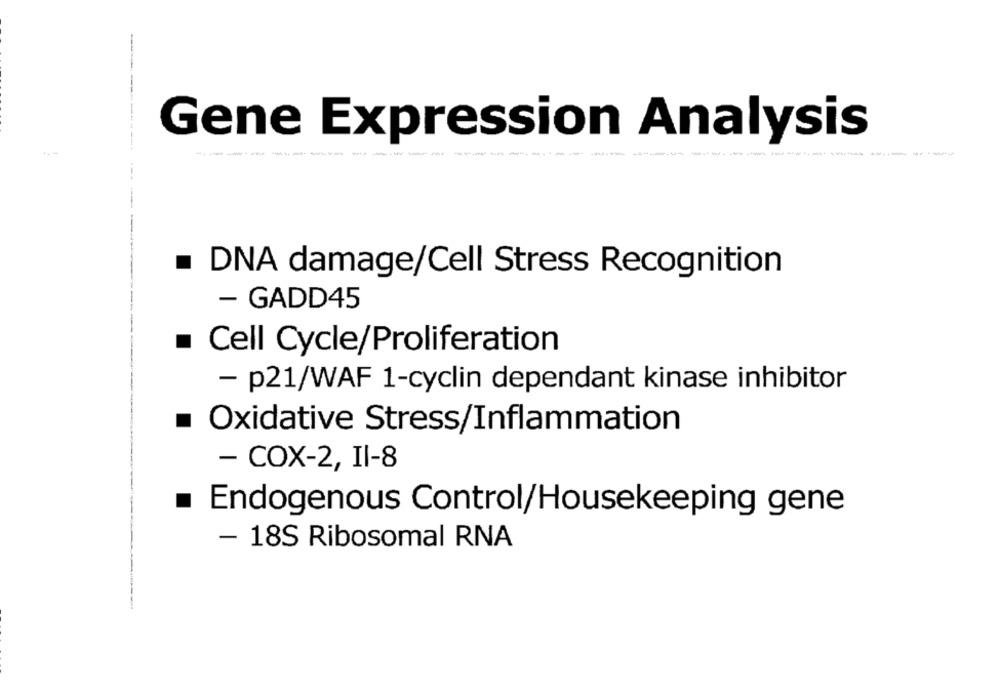
Gene Expression Analysis
DNA damage/Cell Stress Recognition
- GADD45
Cell Cycle/Proliferation
- p21/WAF 1-cyclin dependant kinase inhibitor
Oxidative Stress/Inflammation
- COX-2, Il-8
.
Endogenous Control/Housekeeping gene
- 18S Ribosomal RNA